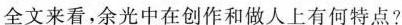
全文来看，余光中在创作和做人上有何特点?